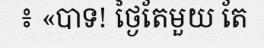
៖ «បាទ! ថ្ងៃតែមួយ តែ